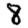
Digit: 8